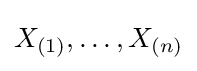
X_{(1)},\dots ,X_{(n)}